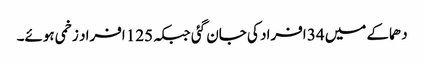
دھماکے میں 34 افراد کی جان گئی جبکہ 125 افراد زخمی ہوئے۔